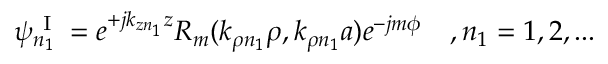
\psi _ { n _ { 1 } } ^ { \mathrm { ~ I ~ } } = e ^ { + j k _ { z n _ { 1 } } z } R _ { m } ( k _ { \rho n _ { 1 } } \rho , k _ { \rho n _ { 1 } } a ) e ^ { - j m \phi } \quad , n _ { 1 } = 1 , 2 , . . .